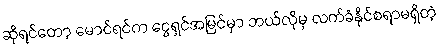
ဆိုရင်တော့ မောင်ရင်က ငွေရှင်အမြင်မှာ ဘယ်လိုမှ လက်ခံနိုင်စရာမရှိတဲ့